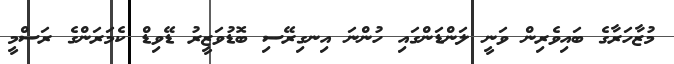
މުޒާހަރާގެ ބައިވެރިން ވަނީ ލަންޑަންގައި ހުންނަ އިނގިރޭސި ބޮޑުވަޒީރު ޑޭވިޑް ކެމަރަންގެ ރަސްމީ